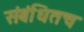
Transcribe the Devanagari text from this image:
संबंधितच